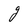
Character: g